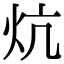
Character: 炕